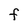
Character: F